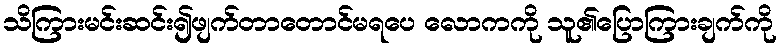
သိကြားမင်းဆင်း၍ဖျက်တာတောင်မရပေ လောကကို သူ၏ပြောကြားချက်ကို